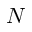
N